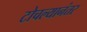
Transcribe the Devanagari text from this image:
टोचल्यानंतर